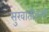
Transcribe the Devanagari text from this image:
सुरवातीतली